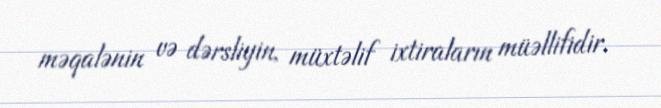
məqalənin və dərsliyin, müxtəlif ixtiraların müəllifidir.